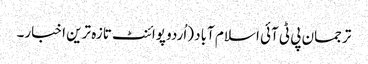
ترجمان پی ٹی آئی اسلام آباد (اُردو پوائنٹ تازہ ترین اخبار۔